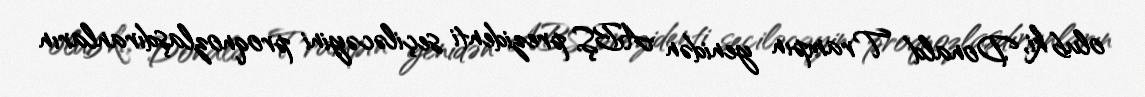
olub ki, Donald Trampın yenidən ABŞ prezidenti seçiləcəyini proqnozlaşdıranların